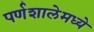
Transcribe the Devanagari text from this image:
पर्णशालेमध्ये